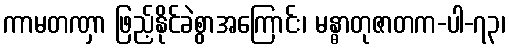
ကာမတဏှာ ဖြည့်နိုင်ခဲစွာအကြောင်း၊ မန္ဓာတုဇာတက-ပါ-၇၃၊